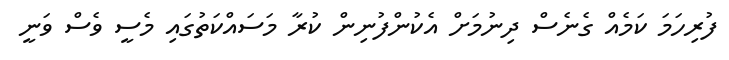
ފުރިހަމަ ކަމެއް ގެނެސް ދިނުމަށް އެކުންފުނިން ކުރާ މަސައްކަތުގައި މެސީ ވެސް ވަނީ